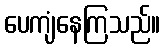
ပေကျံနေကြသည်။